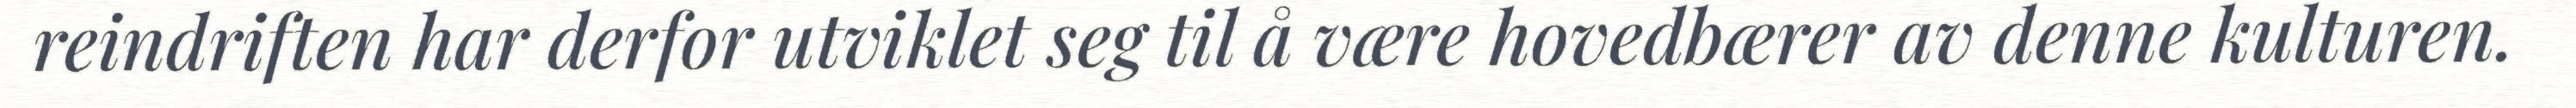
reindriften har derfor utviklet seg til å være hovedbærer av denne kulturen.